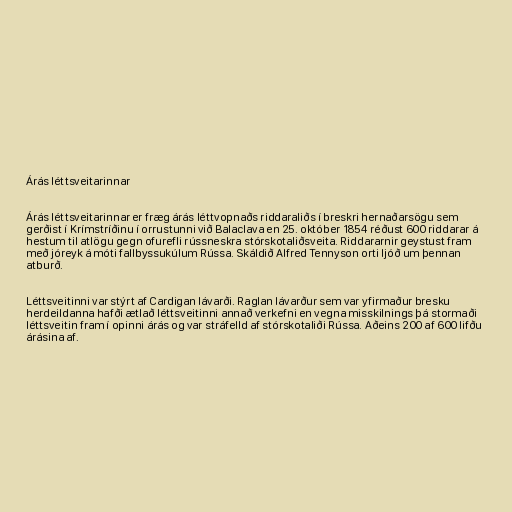
Árás léttsveitarinnar

Árás léttsveitarinnar er fræg árás léttvopnaðs riddaraliðs í breskri hernaðarsögu sem
gerðist í Krímstríðinu í orrustunni við Balaclava en 25. október 1854 réðust 600 riddarar á
hestum til atlögu gegn ofurefli rússneskra stórskotaliðsveita. Riddararnir geystust fram
með jóreyk á móti fallbyssukúlum Rússa. Skáldið Alfred Tennyson orti ljóð um þennan
atburð.

Léttsveitinni var stýrt af Cardigan lávarði. Raglan lávarður sem var yfirmaður bresku
herdeildanna hafði ætlað léttsveitinni annað verkefni en vegna misskilnings þá stormaði
léttsveitin fram í opinni árás og var stráfelld af stórskotaliði Rússa. Aðeins 200 af 600 lifðu
árásina af.